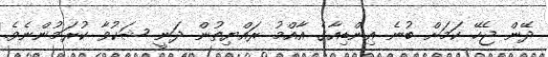
ދޭން ޖެހޭ ކަމަށް ބުނެ އިންޑިއާގެ އާއްމު ރައްޔިތުން ދަނީ ޝަކުވާ ކުރަމުންނެވެ.